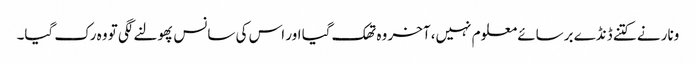
ونار نے کتنے ڈنڈے برسائے معلوم نہیں، آخر وہ تھک گیا اور اس کی سانس پھولنے لگی تو وہ رک گیا۔